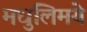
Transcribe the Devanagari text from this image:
मधुलिमये